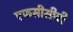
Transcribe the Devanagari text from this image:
एफसीसीबी